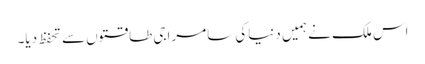
اس ملک نے ہمیں دنیاکی سامراجی طاقتوں سے تحفظ دیا۔